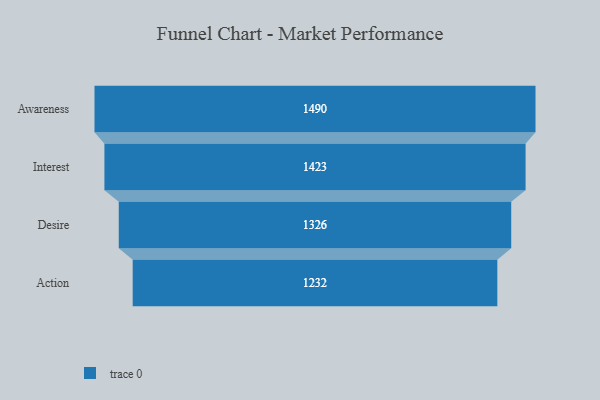
{"axis": {"x": "Stage", "y": "Value"}, "legend": [""], "data": [{"x": "Awareness", "y": 1490.0, "type": ""}, {"x": "Interest", "y": 1423.0, "type": ""}, {"x": "Desire", "y": 1326.0, "type": ""}, {"x": "Action", "y": 1232.0, "type": ""}]}